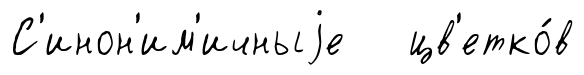
С'инон'им'ичныjе цв'етко́в